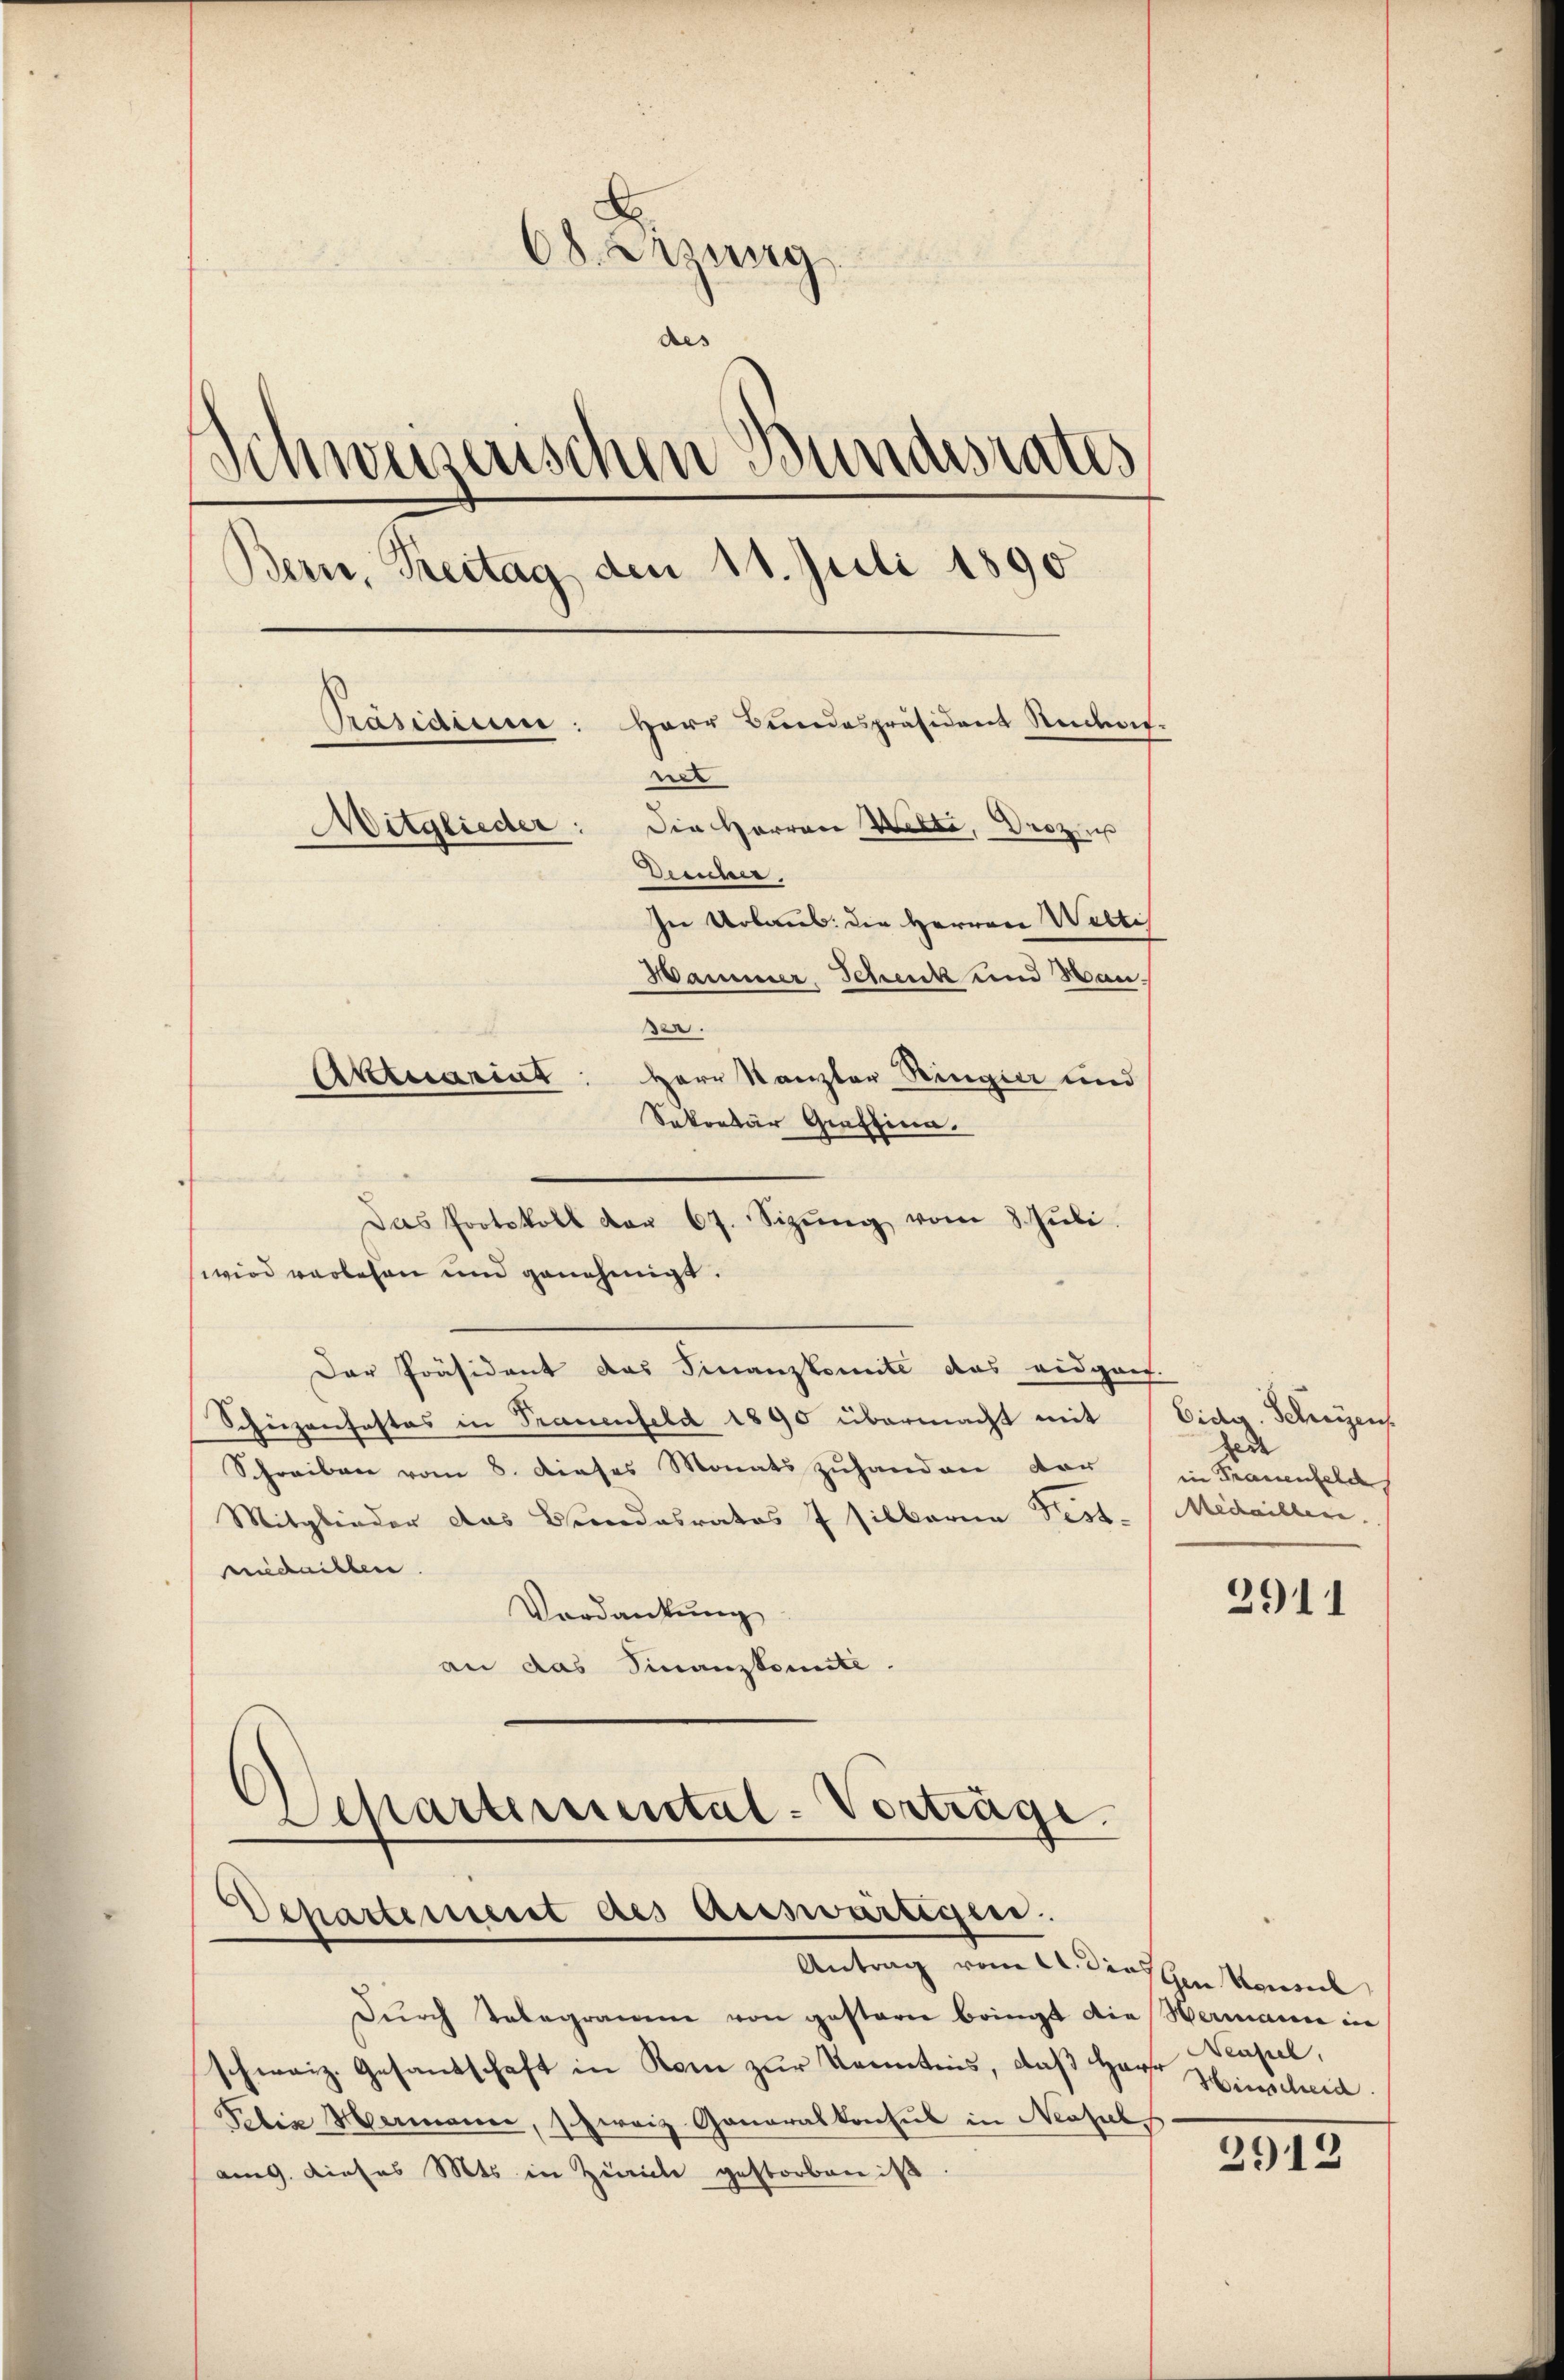
68. Sitzung
des
¬
Sinweizerischen Bundes
All
Bern, Treitag den 11. Juli 1890
Herr Bundespräsident Rudol
Basaun.
t
Mitglieder: Die Herren Welte, Drozus
Demiser,
In Urlaus: die Herren Weltis
Hammer, Schenk und Man
er.
Herr Kanzler Ringier und
Aktuarius
Sekretär Graffina.

wird verlesen und genehmigt.
Der Präsident das Finanzkomite das eidgaest.
Schüzenfestes in Trauenfeld 1890 übermacht mit
Schreiben vom 8. dieses Monats zuhanden vor (in Frauenfeld
Mitglieder das Bundesratos 7 silbaria Fest-Medailler.
medaillen
Verdankung
an das Finanzkomite.
Departemental-Vorträge.

Das Protokoll der 67. Sizŭng vom 8. Jŭli

Departement des Auswärtigen.
Antrag vom 2. denschen Moment

Dŭrch Telegramm von gesterne bringt die Hermann in
schweiz. Gesandschaft in Rom zur Kenntnis, daß Hause
Pelia Hermann, schweiz Generalkonsul in Neapel,
am 9. Dieses Mts. in Zürich gestorben is

Eidg. Schreien.
jede

2911

Neapel.
Heischeid

3912